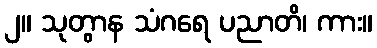
၂။ သုတွာန သံဂရေ ပညာတိ၊ ကား။